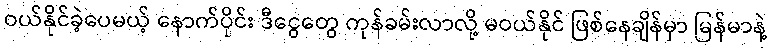
ဝယ်နိုင်ခဲ့ပေမယ့် နောက်ပိုင်း ဒီငွေတွေ ကုန်ခမ်းလာလို့ မဝယ်နိုင် ဖြစ်နေချိန်မှာ မြန်မာနဲ့